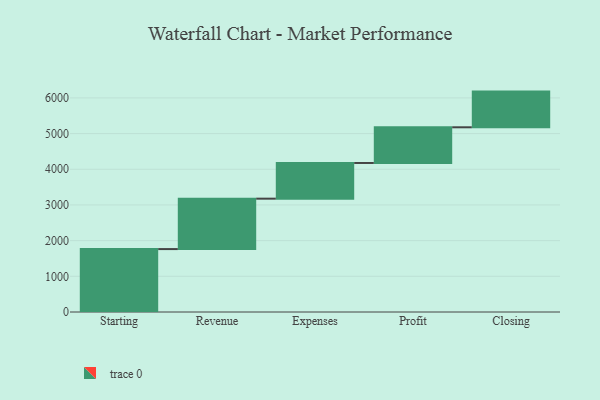
{"axis": {"x": "Step", "y": "Value"}, "legend": [""], "data": [{"x": "Starting", "y": 1763.0, "type": ""}, {"x": "Revenue", "y": 1413.0, "type": ""}, {"x": "Expenses", "y": 1000, "type": ""}, {"x": "Profit", "y": 1000, "type": ""}, {"x": "Closing", "y": 1000, "type": ""}]}